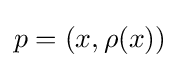
p=(x,\rho (x))